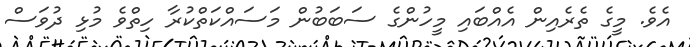
އެވެ. މީގެ ތެރެއިން އެއްބައި މީހުންގެ ސަބަބުން މަސައްކަތްކުރާ ހިތްވެ މުޅި ދުވަސް